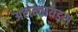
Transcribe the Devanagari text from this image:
अलन्वायड्स